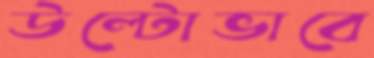
উল্টোভাবে